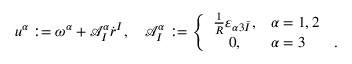
u ^ { \alpha } : = \omega ^ { \alpha } + \mathcal { A } _ { I } ^ { \alpha } \dot { r } ^ { I } , \ \ \ \mathcal { A } _ { I } ^ { \alpha } : = \left\{ \begin{array} { c l l } { \frac { 1 } { R } \varepsilon _ { \alpha 3 \bar { I } } , } & { \alpha = 1 , 2 } & { } \\ { 0 , } & { \alpha = 3 } & { . } \end{array} \right.